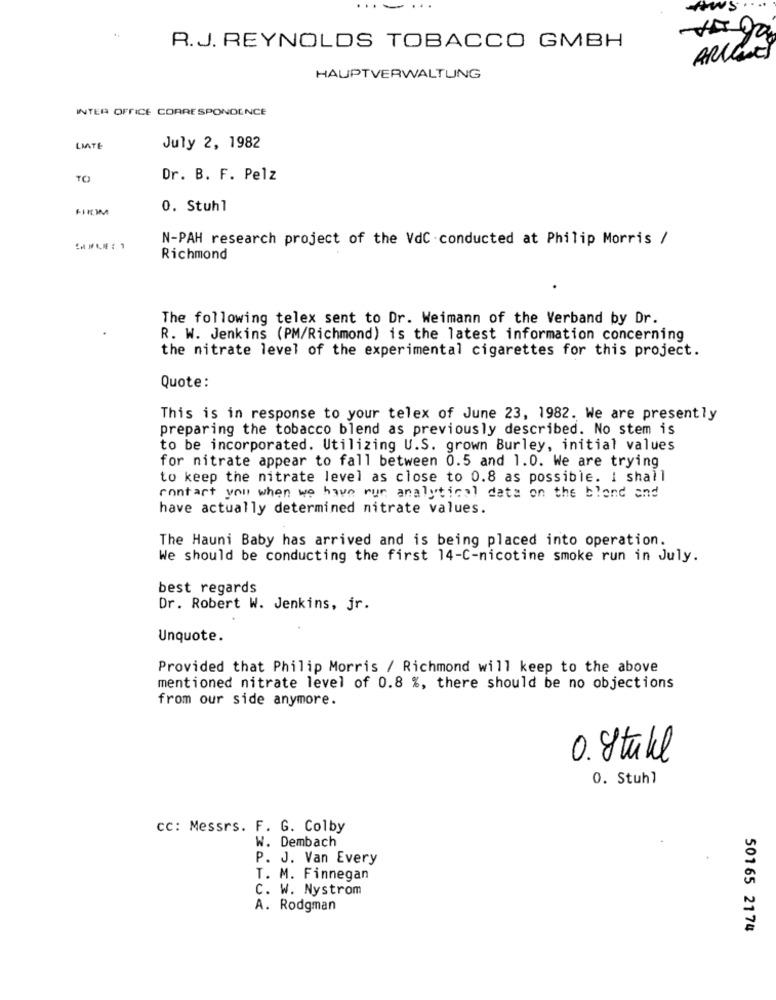
...
AWS
R.J. REYNOLDS TOBACCO GMBH
ARLENE
HAUPTVERWALTUNG
INTER OFFICE CORRESPONDENCE
LAATE
July 2, 1982
TO
Dr. B. F. Pelz
0. Stuhl
N-PAH research project of the VdC conducted at Philip Morris /
Richmond
The following telex sent to Dr. Weimann of the Verband by Dr.
R. W. Jenkins (PM/Richmond) is the latest information concerning
the nitrate level of the experimental cigarettes for this project.
Quote:
This is in response to your telex of June 23, 1982. We are presently
preparing the tobacco blend as previously described. No stem is
to be incorporated. Utilizing U.S. grown Burley, initial values
for nitrate appear to fall between 0.5 and 1.0. We are trying
to keep the nitrate level as close to 0.8 as possible. I shall
contact you when we have run analytical data on the blend and
have actually determined nitrate values.
The Hauni Baby has arrived and is being placed into operation.
We should be conducting the first 14-C-nicotine smoke run in July.
best regards
Dr. Robert W. Jenkins, jr.
Unquote.
Provided that Philip Morris / Richmond will keep to the above
mentioned nitrate level of 0.8 %, there should be no objections
from our side anymore.
0. 8 tull
0. Stuhl
CC: Messrs. F. G. Colby
W. Dembach
P. J. Van Every
T. M. Finnegan
C. W. Nystrom
A. Rodgman
50165 2174